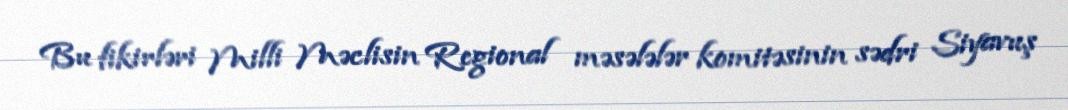
Bu fikirləri Milli Məclisin Regional məsələlər komitəsinin sədri Siyavuş